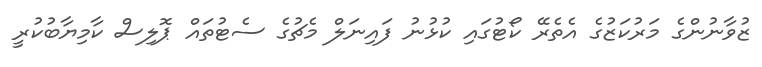
ޒުވާނުންގެ މަރުކަޒުގެ އެތެރޭ ކޯޓުގައި ކުޅުނު ފައިނަލް މެޗުގެ ސެޓުތައް ޕޮލިސް ކާމިޔާބުކުރީ